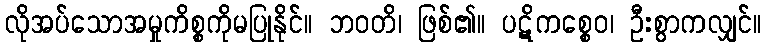
လိုအပ်သောအမှုကိစ္စကိုမပြုနိုင်။ ဘဝတိ၊ ဖြစ်၏။ ပဋိကစ္စေဝ၊ ဦးစွာကလျှင်။